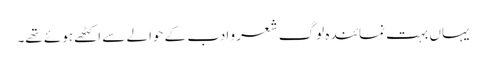
یہاں بہت نمائندہ لوگ شعر و ادب کے حوالے سے اکٹھے ہوئے تھے۔